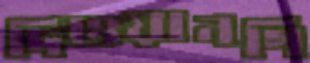
দিওয়ানগি